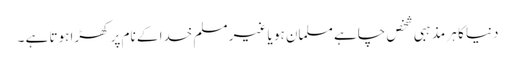
دنیا کا ہر مذہبی شخص چاہے مسلمان ہو یا غیر مسلم خدا کے نام پر کھڑا ہوتا ہے ۔